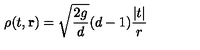
\rho ( t , { \bf r } ) = \sqrt { \frac { 2 g } { d } } ( d - 1 ) { \frac { | t | } { r } }